Civil Veterinary Department Bengal reports 1923-33 - 1923-1933
Year: 1923
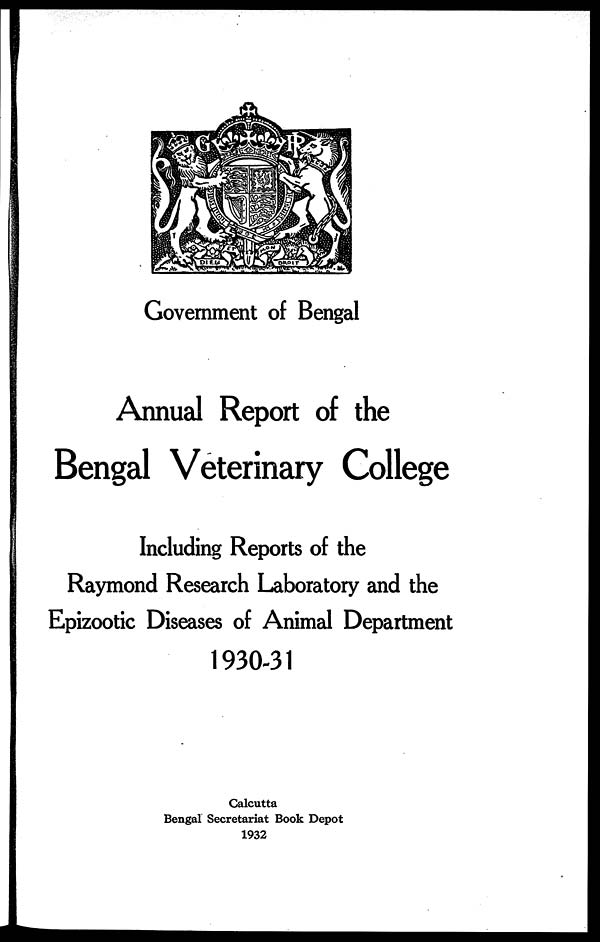
Government of Bengal
Annual Report of the
Bengal Veterinary College
Including Reports of the
Raymond Research Laboratory and the
Epizootic Diseases of Animal Department
1930-31
Calcutta
Bengal Secretariat Book Depot
1932